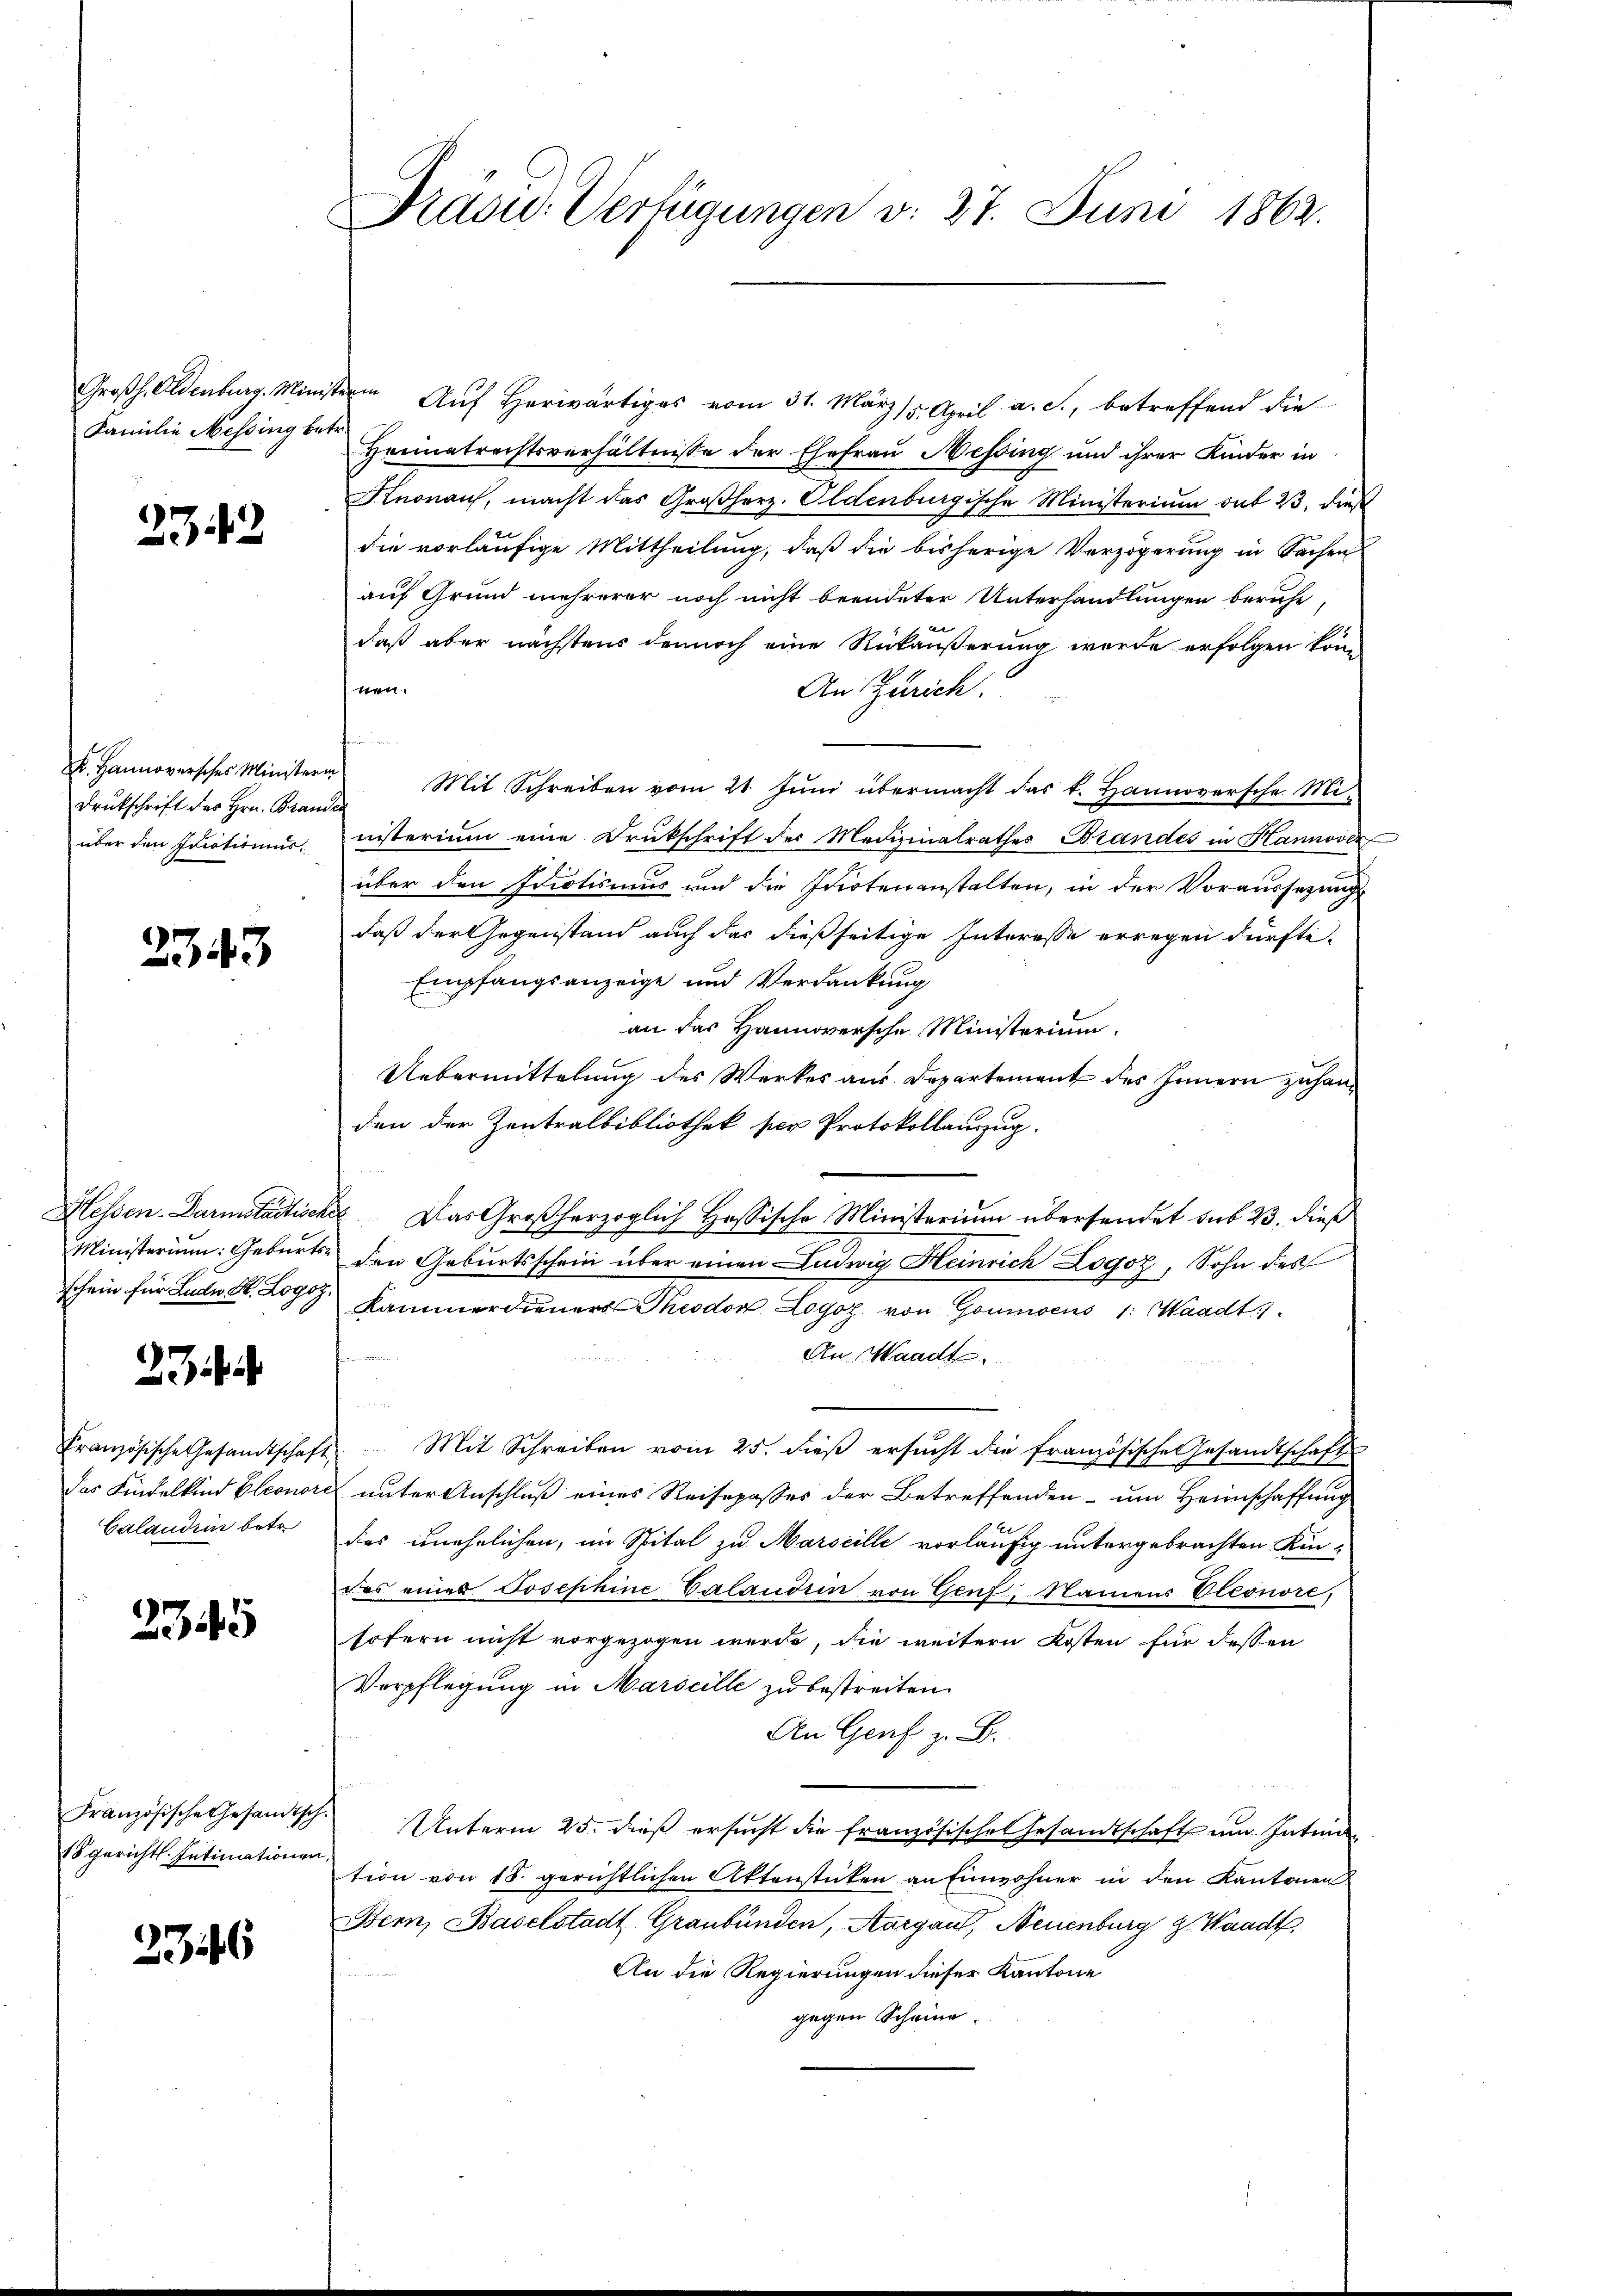
Familie Messing betr.

2342

Druckschrift des Hrn. Branden
über den Idiotismus.

2343

Ministerium: Geburtsschein für Ludw Kt. Logoz.

27

Französische Gesandtschaf
das Kindelkind Eleonor
Calandrin betr.

2345

Französische Gesandtsch.
18 gerichtl. Intimationen

2746

Radw. Verfügungen v. 27. Juni 1862.

Großh. Oldenburg. Ministern Aŭf Herr vom 31. März 18. April a. c., betreffend die
Heimatrechtsverhältnisse der Ehefrau Messing und ihrer Kinder in
Knonauf, macht das Großherz- Eldenburgische Ministerium auf 23, dies
die vorläufige Mittheilung, daß die bisherige Verzögerung in Sachen
auf Grund mehrerer noch nicht beendeter Unterhandlungen beruhe,
daß aber nächstens dennoch eine Rückäußerung werde erfolgen könn
nen.
An Zürich.
F. Hannoverscher Ministern Mit Schreiben vom 21. Jŭni übermacht das k. Hannoversche Mi-
nisterium eine Drukschrift der Medizinalrathes Brandes in Hannover
über den Idiotismus und die Inotenanstalten, in der Voraussetzung
daß der Gegenstand auch das dießseitige Interasse erregen dürfte.
Empfangsanzeige und Verdankung
an das Hannoversche Ministerium.
Uebermittelung des Werkes aus Departement des Innern zuhang
den der Zentralbibliothek per Protokollanzug
Hessen. Darmstaetische Das Großherzoglich Hassische Ministerium übersendet sub 23. dieß
den Geburtsschein über einen Ludwig Heinrich Logoz, Sohn des
Kammerdieners Theodor Logos. von Goumoens 1: Waadt,

An Waadt.
Mit Schreiben vom 25. dieβ ersŭcht die französische Gesandtschaft
unter Anschluß eines Reisepasses der Betreffenden - um Heimschaffung
des unehelichen, im Spital zu Marseille vorläufig untergebrachten Kin-
des einer Josephine Valandren von Genf, Namens Pleonore,
sofern nicht vorgezogen werde, die weitern Kosten für dessen
Verpflegung in Maricille zu bestreiten.
An Genf z. B.
Unterm 25. dieß ersucht die französisches Gesandtschaft um Intime
tion von 18. gerichtlichen Aktenstücken an Einwohner in den Kantonen
Bern, Baselstadt Graubünden, Aargau, Neuenburg z. Waadt,
An die Regierungen dieser Kantone
gegen Scheine.